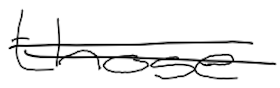
Text: those
Cross-out: double-line
Writing tool: digital_black